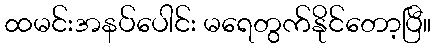
ထမင်းအနပ်ပေါင်း မရေတွက်နိုင်တော့ပြီ။